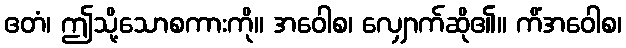
ဧတံ၊ ဤသို့သောစကားကို။ အဝေါစ၊ လျှောက်ဆို၏။ ကိံအဝေါစ၊